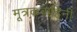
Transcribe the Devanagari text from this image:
मूत्रकवाहिनी